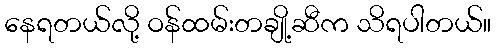
နေရတယ်လို့ ဝန်ထမ်းတချို့ဆီက သိရပါတယ်။